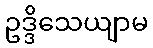
ဥဒ္ဒိသေယျာမ